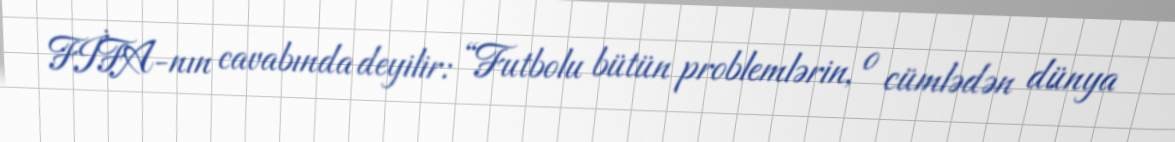
FİFA-nın cavabında deyilir: “Futbolu bütün problemlərin, o cümlədən dünya